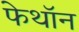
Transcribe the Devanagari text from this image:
फेथॉन